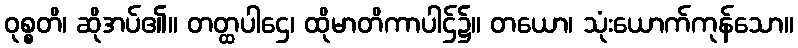
ဝုစ္စတိ၊ ဆိုအပ်၏။ တတ္ထပါဌေ၊ ထိုမာတိကာပါဌ်၌။ တယော၊ သုံးယောက်ကုန်သော။